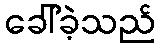
ခေါ်ခဲ့သည်